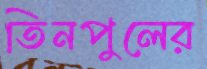
তিনপুলের